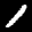
Label: 1